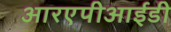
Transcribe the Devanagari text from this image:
आरएपीआईडी